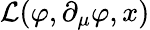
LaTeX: {\mathcal{L}}(\varphi,\partial_{\mu}\varphi,x)